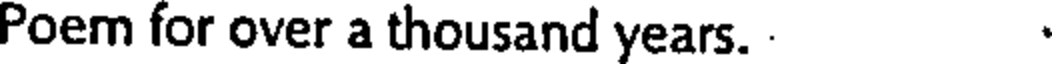
Poem for over a thousand years. .